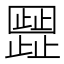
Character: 𬆐